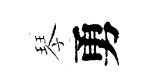
琴勇